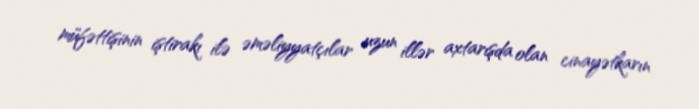
müfəttişinin iştirakı ilə əməliyyatçılar uzun illər axtarışda olan cinayətkarın